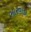
ભારવાડા